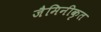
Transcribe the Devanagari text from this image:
जैमिनीकृत